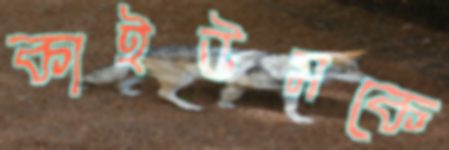
কাইউমকে